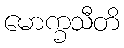
မောက္ခသီတိ